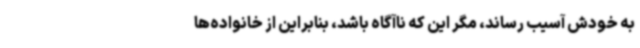
به خودش آسیب رساند، مگر این که ناآگاه باشد، بنابراین از خانواده‌ها